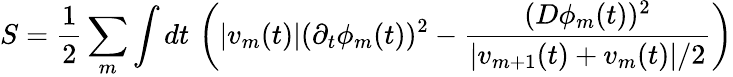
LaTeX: S=\frac{1}{2}\sum_{m}\int dt\, \left(|v_{m}(t)|(\partial_{t}\phi_{m}(t))^{2}-\frac{(D\phi_{m}(t))^{2}}{|v_{m+1}(t)+v_{m}(t)|/2}\right)